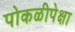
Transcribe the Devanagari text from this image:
पोकळीपेक्षा